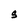
Character: S